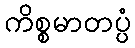
ကိစ္စမာတပ္ပံ